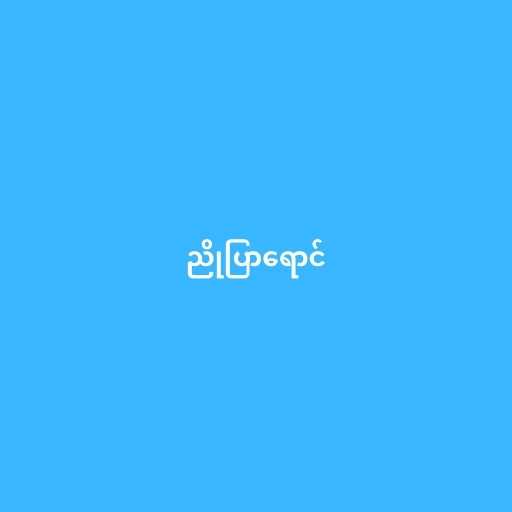
ညိုပြာရောင်